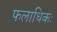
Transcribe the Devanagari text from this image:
फलाधिकः